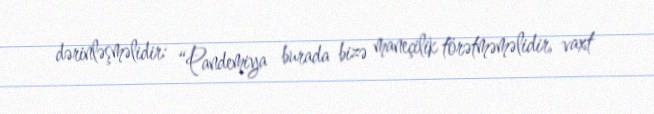
dərinləşməlidir: “Pandemiya burada bizə maneçilik törətməməlidir, vaxt